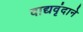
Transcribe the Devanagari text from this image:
वाद्यवृंदाने